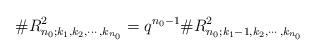
LaTeX: \begin{align*}\#R^2_{n_0;k_1,k_2,\cdots,k_{n_0}}=q^{n_0-1}\#R^2_{n_0;k_1-1,k_2,\cdots,k_{n_0}}\end{align*}